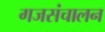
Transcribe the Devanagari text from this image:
गजसंचालन